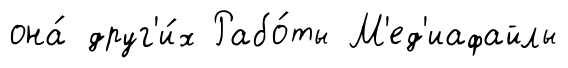
она́ друг'и́х Рабо́ты М'ед'иафайлы